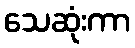
သေဆုံးကာ